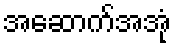
အဆောက်အအုံ